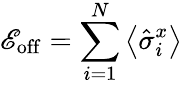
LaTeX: \mathscr{E}_{\mathrm{{off}}}=\sum_{i=1}^{N}\left\langle\hat{{\sigma}}_{i}^{x}\right\rangle